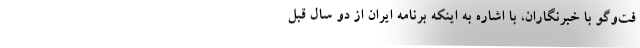
فت‌وگو با خبرنگاران، با اشاره به اینکه برنامه ایران از دو سال قبل